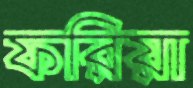
ফরিয়া